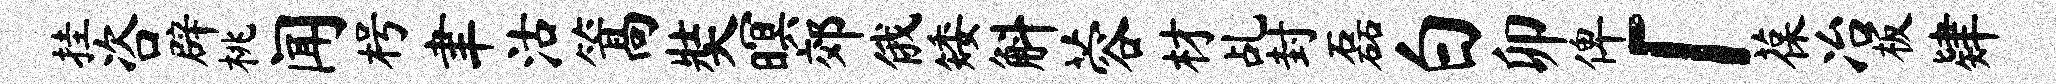
挂咨辟桃闻枵聿沽篙奘暝郊俄矮斛蓉材乩封磊白卯俾「葆冶板肄